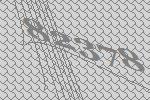
82378